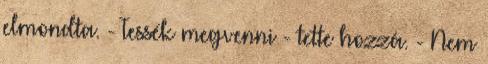
elmondta. - Tessék megvenni - tette hozzá. - Nem